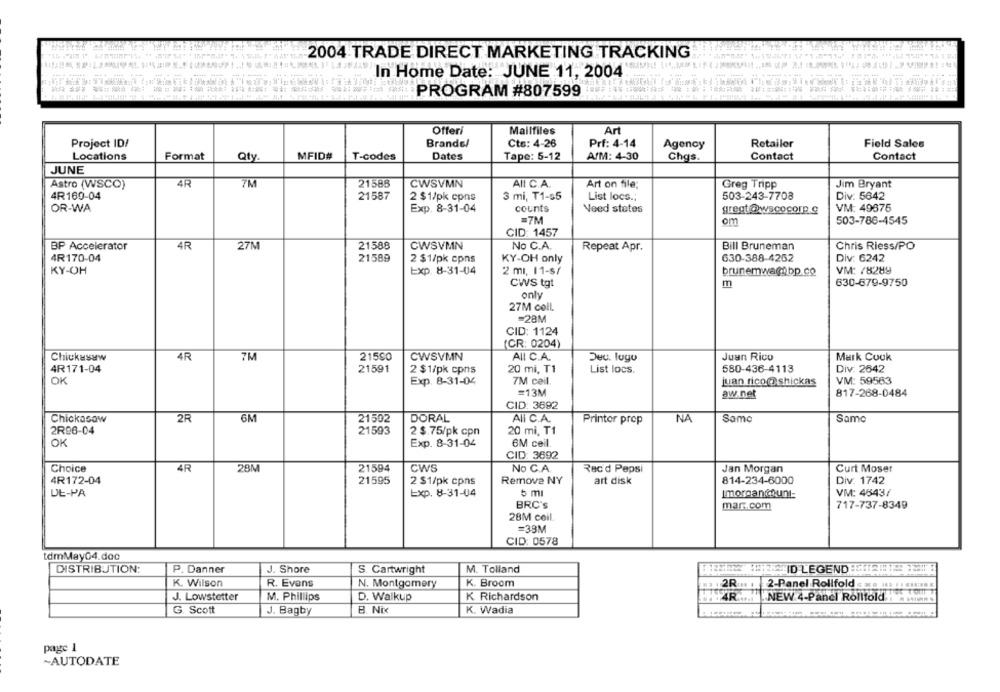
2004 TRADE DIRECT MARKETING TRACKING
In Home Date: JUNE 11, 2004
PROGRAM #807599
Offeri
Mailfiles
Art
Project ID/
Brande/
Cts: 4-26
Prf: 4-14
Agency
Retailer
Field Sales
Locations
Format
Qty
MFID#
T-codes
Dates
Tape: 5-12
A/M: 4-30
Chgs.
Contact
Contact
JUNE
Astro (WSCO)
4R
7M
21585
CWSVMN
All C.A.
Art on file;
Greg Tripp
Jim Bryant
4R169-04
21587
2 $1/pk cpns
3 mi, T1-s5
List locs .;
503-243-7708
Div. 5642
OR-WA
Exp. 8-31-04
counts
VM: 49676
Need states
gregt @wscocorp.g
=7M
om
503-786-4545
CID: 1457
BP Accelerator
4R
27M
21588
CWSVMN
No C.A.
Repeat Apr.
Bill Bruneman
Chris Riess/PO
4R170-04
21589
2 $1/pk cpns
KY-OH only
630-388-4252
Div: 6242
KY-OH
Exp. 8-31-04
VM: /8289
2 mı, 11-s/
brunemwa@tbp.co
CWS tgt
m
630-679-9750
only
27M coll.
=28M
CID: 1124
(CR: 0204)
Chickasaw
4R
7M
215SO
CWSVMN
All C.A.
Dec. lugo
Juan Rico
Mark Couk
4R 171-04
21591
2 $1/pk cpns
20 mi, T1
List locs.
580-436-4113
Div: 2642
OK
Exp. 8-31-04
7M ceil.
juan rico@ shickas
VM: 59563
=13M
aw.net
817-268-0484
CID: 3692
Chickasaw
2R
6M
21502
DORAL
All C.A.
Printer prop
NA
Same
Same
2R96-04
21593
2 $.75/pk cpn
20 mi, T1
OK
Exp. 8-31-04
6M ceil.
CID: 3692
Choice
4R
28M
21594
CWS
No C.A.
Rec'd Pepsi
Jan Morgan
Curt Moser
4R172-04
21595
2 $1/pk cpns
Remove NY
art disk
814-234-6000
Div: 1742
DE-PA
Exp. 8-31-04
৳ mı
Imorgancount:
VM: 4843/
BRC's
717-737-8349
mar.com
28M coil
=33M
CID: 0578
tdmMay04.doc
M. Tolland
NEEDS TOLEID LEGEND THE !!
DISTRIBUTION:
P. Danner
J. Shore
S. Cartwright
K. Wilson
R. Evans
N. Montgomery
K. Broom
2-Panel Rollfold
J. Lowstetter
M. Phillips
D. Walkup
K Richardson
4R ....
"NEW 4-Panel Rolltold
K. Wadia
G. Scott
J. Bagby
B. Nix
page 1
~AUTODATE